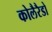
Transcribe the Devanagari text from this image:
कोलैरैडो